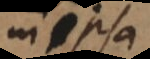
in ipsa